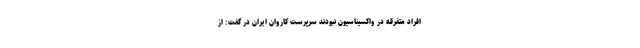
افراد متفرقه در واکسیناسیون نبودند سرپرست کاروان ایران در گفت: از